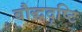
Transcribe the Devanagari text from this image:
बौद्धदृष्टि